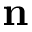
\mathbf { n }